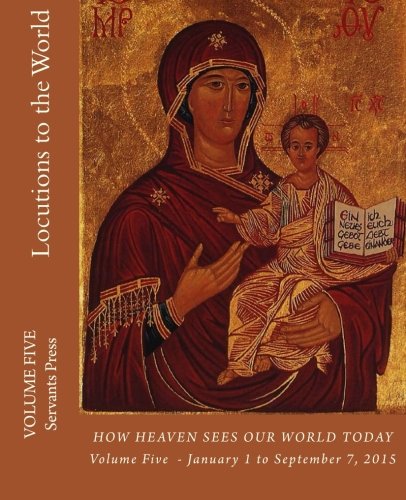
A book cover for Locutions to the World (Vol. 5) (Volume 5); Servants Press; Christian Books & Bibles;